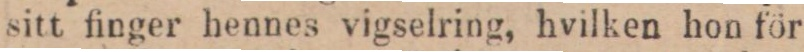
sitt finger hennes vigselring, hvilken hon för